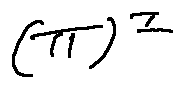
( \pi ) ^ { I }